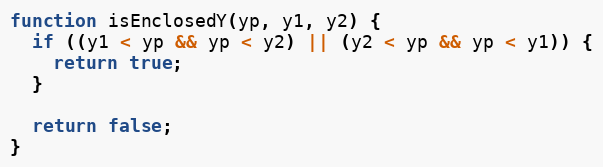
Language: JavaScript
function isEnclosedY(yp, y1, y2) {
  if ((y1 < yp && yp < y2) || (y2 < yp && yp < y1)) {
    return true;
  }

  return false;
}